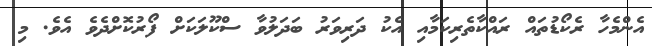
އެންމެހާ ރެކޯޑުތައް ރައްކާތެރިކަމާއި އެކު ދަރިވަރު ބަދަލުވާ ސްކޫލަކަށް ފޯރުކޮށްދެވެ އެވެ. މި